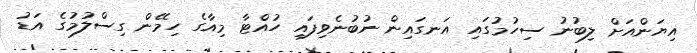
އިޔަންއަށް ލިބުނު ސިހުމުގައި އަނގައިން ނުބުނެވިފައި ހުއްޓާ މިއާގެ ހިމޭން ގިސްލުމުގެ އަޑު